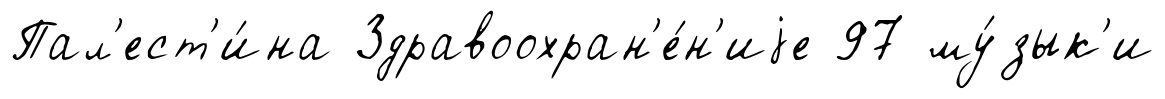
Пал'ест'и́на Здравоохран'е́н'иjе 97 му́зык'и